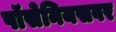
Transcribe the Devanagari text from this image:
पॉसेनियसवर